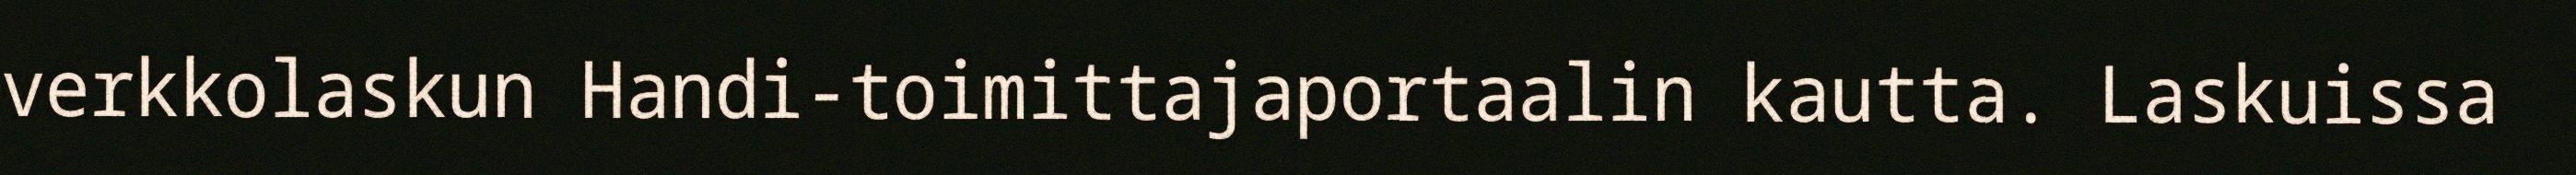
verkkolaskun Handi-toimittajaportaalin kautta. Laskuissa